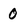
Character: 0